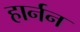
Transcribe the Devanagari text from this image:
हार्नन